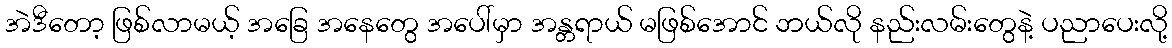
အဲဒီတော့ ဖြစ်လာမယ့် အခြေ အနေတွေ အပေါ်မှာ အန္တရာယ် မဖြစ်အောင် ဘယ်လို နည်းလမ်းတွေနဲ့ ပညာပေးလို့